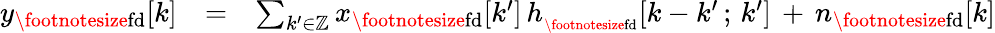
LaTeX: \begin{array}{rlr}{y_{\mathrm{\footnotesize{fd}}}[k]}&{=}&{\sum_{k^{\prime}\in{\mathbb Z}}x_{\mathrm{\footnotesize{fd}}}[k^{\prime}]\, h_{_{\mathrm{\footnotesize{fd}}}}[k-k^{\prime}\, ;\, k^{\prime}]\, +\, n_{\mathrm{\footnotesize{fd}}}[k]}\end{array}